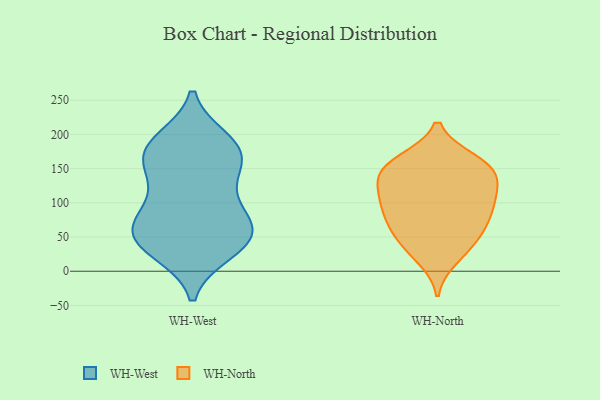
{"axis": {"x": "Net Income (USD K)", "y": "Value"}, "legend": ["WH-North", "WH-West"], "data": [{"x": "", "y": 51, "type": "WH-West"}, {"x": "", "y": 38, "type": "WH-West"}, {"x": "", "y": 176, "type": "WH-West"}, {"x": "", "y": 56, "type": "WH-West"}, {"x": "", "y": 66, "type": "WH-West"}, {"x": "", "y": 34, "type": "WH-West"}, {"x": "", "y": 65, "type": "WH-West"}, {"x": "", "y": 113, "type": "WH-West"}, {"x": "", "y": 138, "type": "WH-West"}, {"x": "", "y": 70, "type": "WH-West"}, {"x": "", "y": 174, "type": "WH-West"}, {"x": "", "y": 168, "type": "WH-West"}, {"x": "", "y": 29, "type": "WH-West"}, {"x": "", "y": 95, "type": "WH-West"}, {"x": "", "y": 156, "type": "WH-West"}, {"x": "", "y": 191, "type": "WH-West"}, {"x": "", "y": 188, "type": "WH-West"}, {"x": "", "y": 102, "type": "WH-North"}, {"x": "", "y": 19, "type": "WH-North"}, {"x": "", "y": 154, "type": "WH-North"}, {"x": "", "y": 162, "type": "WH-North"}, {"x": "", "y": 129, "type": "WH-North"}, {"x": "", "y": 155, "type": "WH-North"}, {"x": "", "y": 157, "type": "WH-North"}, {"x": "", "y": 61, "type": "WH-North"}, {"x": "", "y": 85, "type": "WH-North"}, {"x": "", "y": 39, "type": "WH-North"}, {"x": "", "y": 144, "type": "WH-North"}, {"x": "", "y": 99, "type": "WH-North"}, {"x": "", "y": 78, "type": "WH-North"}, {"x": "", "y": 70, "type": "WH-North"}, {"x": "", "y": 121, "type": "WH-North"}, {"x": "", "y": 39, "type": "WH-North"}, {"x": "", "y": 119, "type": "WH-North"}]}